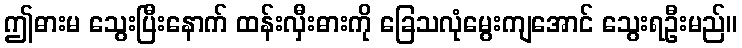
ဤဓားမ သွေးပြီးနောက် ထန်းလှီးဓားကို ခြေသလုံမွေးကျအောင် သွေးရဦးမည်။